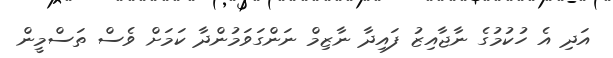
އަދި އެ ހުކުމުގެ ނާޖާއިޒު ފައިދާ ނާޒިމް ނަންގަވަމުންދާ ކަމަށް ވެސް ތަސްމީން